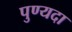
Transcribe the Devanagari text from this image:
पुण्यदा